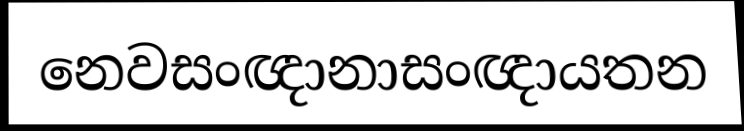
නෙවසංඥානාසංඥායතන